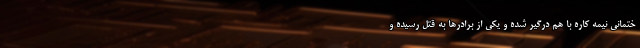
ختمانی نیمه کاره با هم درگیر شده و یکی از برادر‌ها به قتل رسیده و